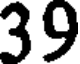
39